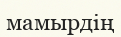
мамырдің